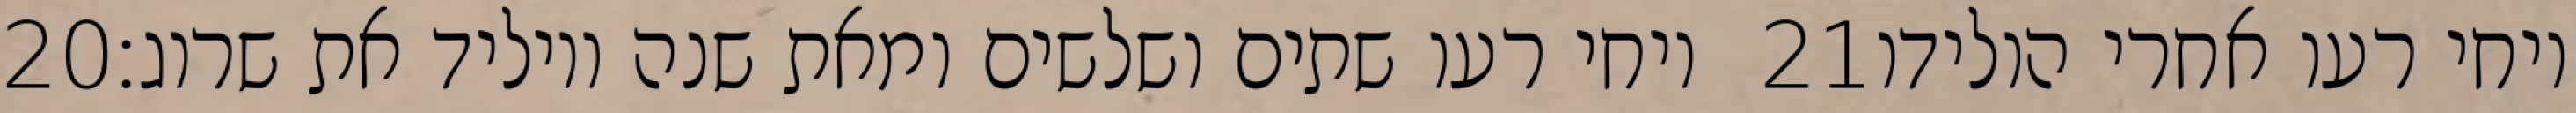
‎20‏ ויחי רעו שתים ושלשים ומאת שנה ויוליד את שרוג׃ ‎21‏ ויחי רעו אחרי הולידו